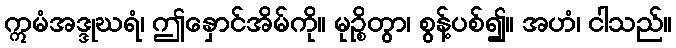
ဣမံအဒ္ဒုဃရံ၊ ဤနှောင်အိမ်ကို။ မုဉ္စိတွာ၊ စွန့်ပစ်၍။ အဟံ၊ ငါသည်။